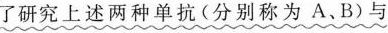
了研究上述两种单抗(分别称为A、B)与